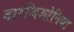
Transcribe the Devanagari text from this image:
टारजिओनिया